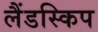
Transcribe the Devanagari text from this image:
लैंडस्किप